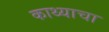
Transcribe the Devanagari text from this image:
काथ्याचा